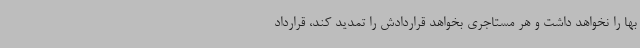
بها را نخواهد داشت و هر مستاجری بخواهد قراردادش را تمدید کند، قرارداد